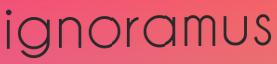
ignoramus